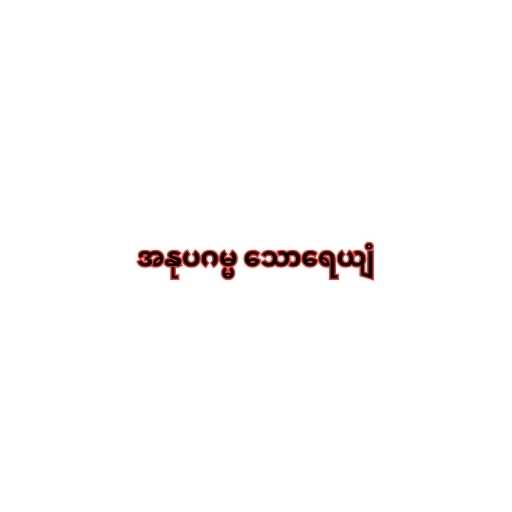
အနုပဂမ္မ သောရေယျံ